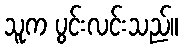
သူက ပွင်းလင်းသည်။